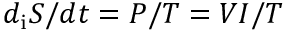
d _ { \mathrm { i } } S / d t = P / T = V I / T